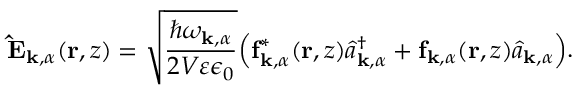
\mathbf { \hat { E } } _ { \mathbf { k } , \alpha } ( \mathbf { r } , z ) = \sqrt { \frac { \hbar \omega _ { \mathbf { k } , \alpha } } { 2 V \varepsilon \epsilon _ { 0 } } } \Big ( \mathbf { f } _ { \mathbf { k } , \alpha } ^ { * } ( \mathbf { r } , z ) \hat { a } _ { \mathbf { k } , \alpha } ^ { \dagger } + \mathbf { f } _ { \mathbf { k } , \alpha } ( \mathbf { r } , z ) \hat { a } _ { \mathbf { k } , \alpha } \Big ) .